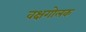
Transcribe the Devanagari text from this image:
वक्षगोलक